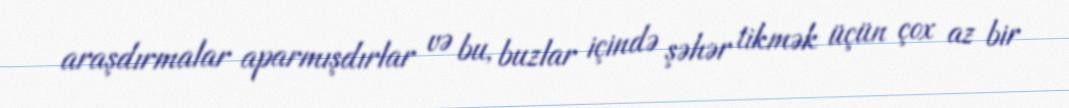
araşdırmalar aparmışdırlar və bu, buzlar içində şəhər tikmək üçün çox az bir